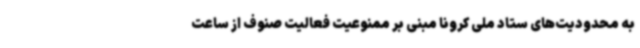
به محدودیت‌های ستاد ملی کرونا مبنی بر ممنوعیت فعالیت صنوف از ساعت